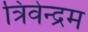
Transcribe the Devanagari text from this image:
त्रिवेन्‍द्रम